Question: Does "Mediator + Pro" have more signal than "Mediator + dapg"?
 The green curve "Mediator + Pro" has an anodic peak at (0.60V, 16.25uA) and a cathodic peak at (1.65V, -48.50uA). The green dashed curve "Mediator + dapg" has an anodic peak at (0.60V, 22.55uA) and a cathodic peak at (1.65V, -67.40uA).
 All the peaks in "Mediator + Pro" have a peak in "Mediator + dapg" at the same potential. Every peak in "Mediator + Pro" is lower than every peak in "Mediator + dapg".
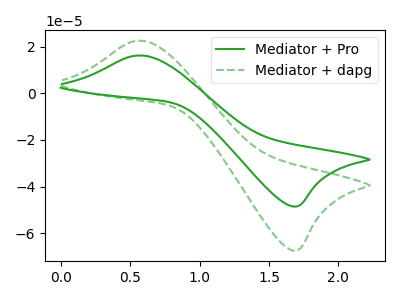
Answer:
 <answer>"Mediator + Pro" has less signal than "Mediator + dapg".</answer>
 <eval>less_signal</eval>